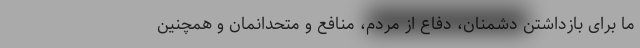
ما برای بازداشتن دشمنان، دفاع از مردم، منافع و متحدانمان و همچنین